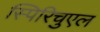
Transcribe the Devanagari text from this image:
स्पिरिचुएल